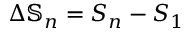
\Delta \mathbb { S } _ { n } = S _ { n } - S _ { 1 }